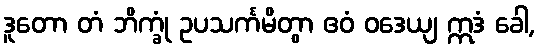
ဒူတော တံ ဘိက္ခုံ ဥပသင်္ကမိတွာ ဧဝံ ဝဒေယျ ဣဒံ ခေါ,